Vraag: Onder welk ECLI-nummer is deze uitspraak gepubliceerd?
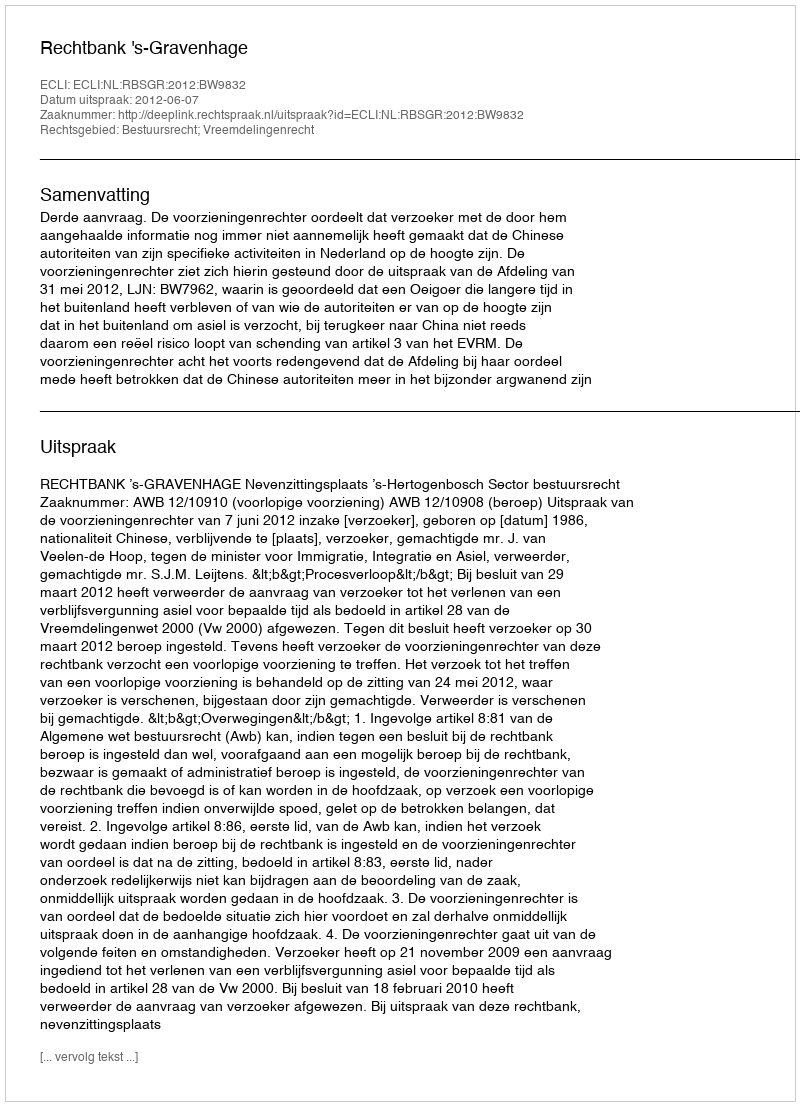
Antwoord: ECLI:NL:RBSGR:2012:BW9832